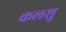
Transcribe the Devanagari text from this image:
कलशु